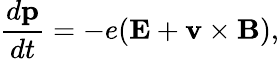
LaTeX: \frac{d\mathbf{p}}{dt}=-e(\mathbf{E}+\mathbf{v}\times\mathbf{B}),